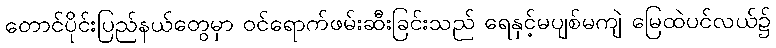
တောင်ပိုင်းပြည်နယ်တွေမှာ ဝင်ရောက်ဖမ်းဆီးခြင်းသည် ရေနှင့်မပျစ်မကျဲ မြေထဲပင်လယ်၌